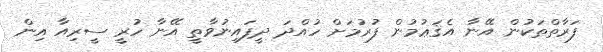
ފަރާތްތަކުން އޭނާ އެޤަޢުމުން ފުރުމަށް ހުއްދަ ދީފައިނުވާތީ އޭނާ ހުރީ ސީރިއާ އިން